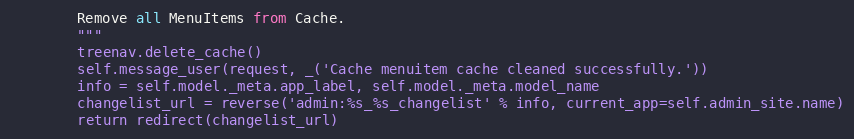
Language: Python
        Remove all MenuItems from Cache.
        """
        treenav.delete_cache()
        self.message_user(request, _('Cache menuitem cache cleaned successfully.'))
        info = self.model._meta.app_label, self.model._meta.model_name
        changelist_url = reverse('admin:%s_%s_changelist' % info, current_app=self.admin_site.name)
        return redirect(changelist_url)